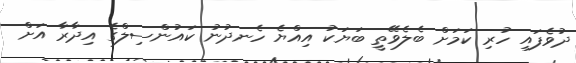
ދުވެފައި ހުރި ކަމަށް ބެލެވޭތީ ބަޔަކު އިއްޔެ ހެނދުނު ކައުންސިލްގެ އިދާރާ އަށް